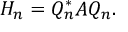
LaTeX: H _ { n } = Q _ { n } ^ { * } A Q _ { n } .